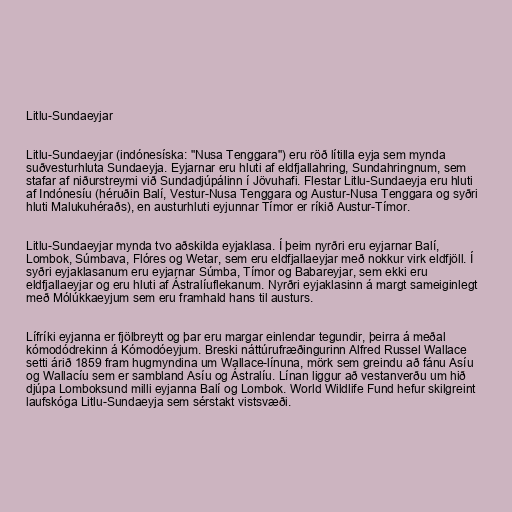
Litlu-Sundaeyjar

Litlu-Sundaeyjar (indónesíska: "Nusa Tenggara") eru röð lítilla eyja sem mynda
suðvesturhluta Sundaeyja. Eyjarnar eru hluti af eldfjallahring, Sundahringnum, sem
stafar af niðurstreymi við Sundadjúpálinn í Jövuhafi. Flestar Litlu-Sundaeyja eru hluti
af Indónesíu (héruðin Balí, Vestur-Nusa Tenggara og Austur-Nusa Tenggara og syðri
hluti Malukuhéraðs), en austurhluti eyjunnar Tímor er ríkið Austur-Tímor.

Litlu-Sundaeyjar mynda tvo aðskilda eyjaklasa. Í þeim nyrðri eru eyjarnar Balí,
Lombok, Súmbava, Flóres og Wetar, sem eru eldfjallaeyjar með nokkur virk eldfjöll. Í
syðri eyjaklasanum eru eyjarnar Súmba, Tímor og Babareyjar, sem ekki eru
eldfjallaeyjar og eru hluti af Ástralíuflekanum. Nyrðri eyjaklasinn á margt sameiginlegt
með Mólúkkaeyjum sem eru framhald hans til austurs.

Lífríki eyjanna er fjölbreytt og þar eru margar einlendar tegundir, þeirra á meðal
kómodódrekinn á Kómodóeyjum. Breski náttúrufræðingurinn Alfred Russel Wallace
setti árið 1859 fram hugmyndina um Wallace-línuna, mörk sem greindu að fánu Asíu
og Wallacíu sem er sambland Asíu og Ástralíu. Línan liggur að vestanverðu um hið
djúpa Lomboksund milli eyjanna Balí og Lombok. World Wildlife Fund hefur skilgreint
laufskóga Litlu-Sundaeyja sem sérstakt vistsvæði.